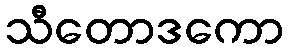
သီတောဒကော